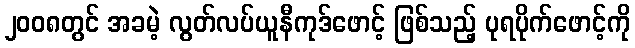
၂၀၀၈တွင် အခမဲ့ လွတ်လပ်ယူနီကုဒ်ဖောင့် ဖြစ်သည့် ပုရပိုက်ဖောင့်ကို